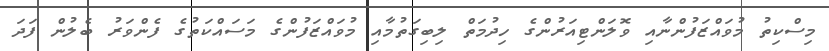
މިސްކިތު މުވައްޒަފުންނާއި ވޮލަންޓިއަރުންގެ ހިދުމަތް ލިބިގަތުމާއި މުވައްޒަފުންގެ މަސައްކަތުގެ ފެންވަރު ބެލުން ފަދަ